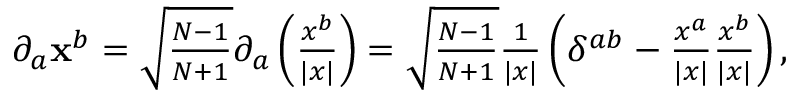
\begin{array} { r } { \partial _ { a } \mathbf { x } ^ { b } = \sqrt { \frac { N - 1 } { N + 1 } } \partial _ { a } \left( \frac { x ^ { b } } { \vert x \vert } \right) = \sqrt { \frac { N - 1 } { N + 1 } } \frac { 1 } { \vert x \vert } \left( \delta ^ { a b } - \frac { x ^ { a } } { \vert x \vert } \frac { x ^ { b } } { \vert x \vert } \right) , } \end{array}